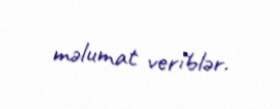
məlumat veriblər.